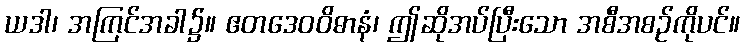
ယဒါ၊ အကြင်အခါ၌။ ဧတဒေဝဝိဓာနံ၊ ဤဆိုအပ်ပြီးသော အစီအစဉ်ကိုပင်။